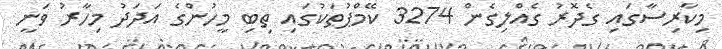
މިކާރިސާގައި ގެދޮރު ގެއްލިގެން 3274 ކޭމްޕުތަކުގައި ތިބި މީހުންގެ އަދަދު މިހާރު ވަނީ